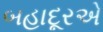
બહાદૂરએ